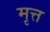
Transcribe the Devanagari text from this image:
मृत्त